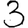
Digit: 3